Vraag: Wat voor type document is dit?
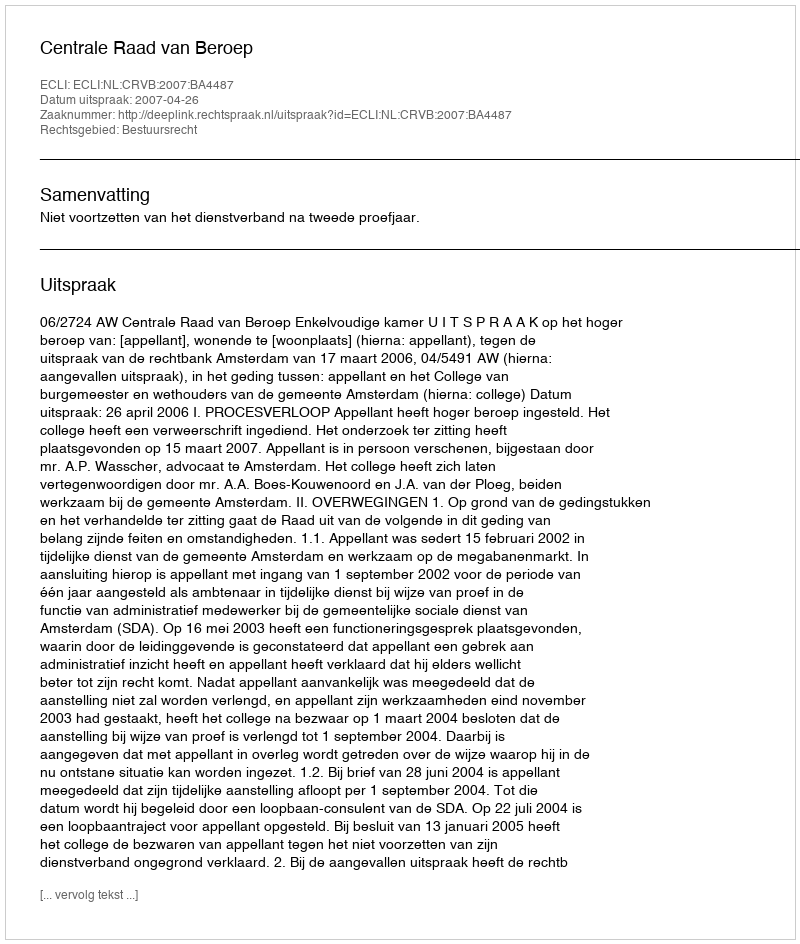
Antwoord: Uitspraak